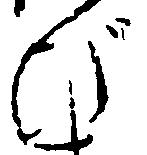
び